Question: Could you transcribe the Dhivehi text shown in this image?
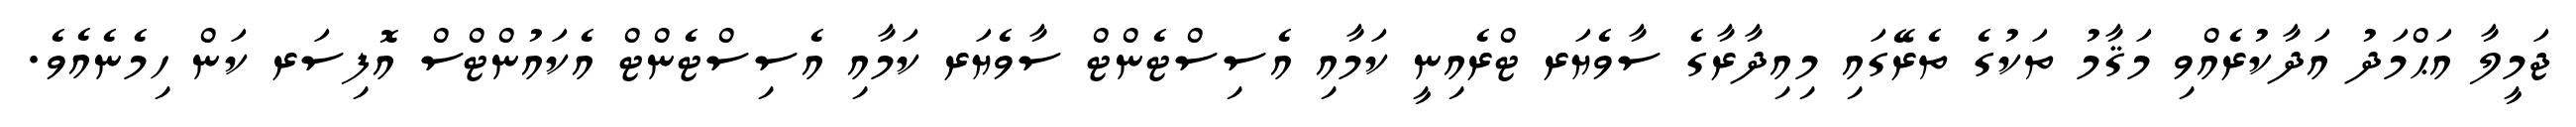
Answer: ޖަމީލާ އަޙްމަދު އަދާކުރެއްވި މަޤާމު ތަކުގެ ތެރޭގައި މިއިދާރާގެ ސާވެޔަރ ޓްރެއިނީ ކަމާއި އެސިސްޓެންޓް ސާވެޔަރ ކަމާއި އެސިސްޓެންޓް އެކައުންޓްސް އޮފިސަރ ކަން ހިމެނެއެވެ.